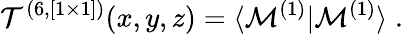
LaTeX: {\cal T}^{(6,[1\times 1])}(x,y,z)=\langle{\cal M}^{(1)}|{\cal M}^{(1)}\rangle\; .